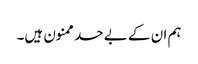
ہم ان کے بے حد ممنون ہیں۔